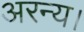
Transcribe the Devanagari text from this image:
अरन्य।